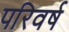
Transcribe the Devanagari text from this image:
परिवर्ष